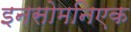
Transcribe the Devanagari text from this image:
इनसोमनिएक